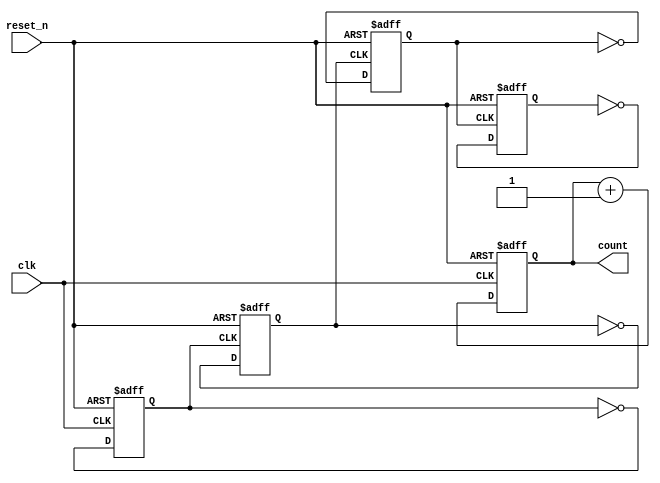
module async_counter #(parameter N = 4) (
    input wire clk,             // Clock input
    input wire reset_n,        // Active-low asynchronous reset
    output reg [N-1:0] count   // N-bit output count
);

    always @(posedge clk or negedge reset_n) begin
        if (!reset_n) begin
            count <= 0; // Asynchronous reset
        end else begin
            count <= count + 1; // Increment count
        end
    end

    // Asynchronous behavior for cascading flip-flops
    genvar i;
    generate
        for (i = 0; i < N; i = i + 1) begin : counter_flops
            if (i == 0) begin
                // LSB toggles on clock
                always @(posedge clk or negedge reset_n) begin
                    if (!reset_n) begin
                        count[i] <= 0; // Reset LSB
                    end else begin
                        count[i] <= ~count[i]; // Toggle LSB
                    end
                end
            end else begin
                // Higher bits toggle on the output of the previous flip-flop
                always @(posedge count[i-1] or negedge reset_n) begin
                    if (!reset_n) begin
                        count[i] <= 0; // Reset higher bits
                    end else begin
                        count[i] <= ~count[i]; // Toggle higher bits
                    end
                end
            end
        end
    endgenerate

endmodule